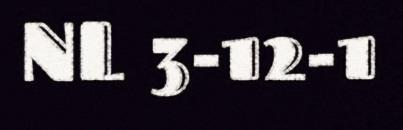
NL 3-12-1